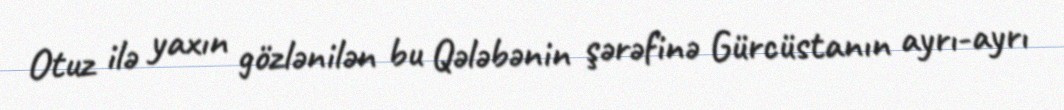
Otuz ilə yaxın gözlənilən bu Qələbənin şərəfinə Gürcüstanın ayrı-ayrı